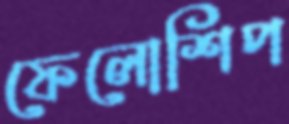
ফেলোশিপ